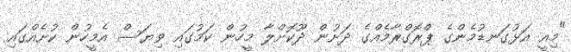
"މިއީ އަޅުގަނޑުމެންގެ ޕްރޮގްރާމެއްގެ ދަށުން ދޫކޮށްލާ މީހުން ކަމުގައި ވިޔަސް އެމީހުން ކުށެއްގައި